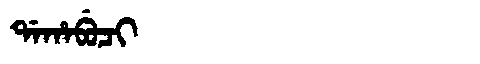
Manchu: ᡩᠠᡥᠠᠪᡠᠴᡳ
Romanization: DAHABUCI